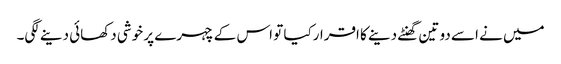
میں نے اسے دو تین گھنٹے دینے کا اقرارکیا تو اس کے چہرے پر خوشی دکھائی دینے لگی۔